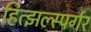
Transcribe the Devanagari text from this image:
हित्झल्स्पर्गर